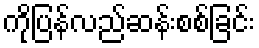
ကိုပြန်လည်ဆန်းစစ်ခြင်း